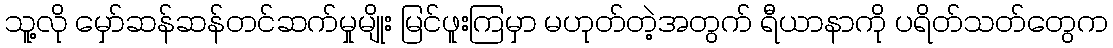
သူ့လို မှော်ဆန်ဆန်တင်ဆက်မှုမျိုး မြင်ဖူးကြမှာ မဟုတ်တဲ့အတွက် ရီယာနာကို ပရိတ်သတ်တွေက